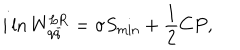
LaTeX: i \ln W _ { q \bar { q } } ^ { \mathrm { L R } } = \sigma S _ { \mathrm { m i n } } + { \frac { 1 } { 2 } } C P ,